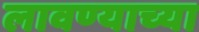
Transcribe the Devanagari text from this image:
लावण्‍याच्‍या